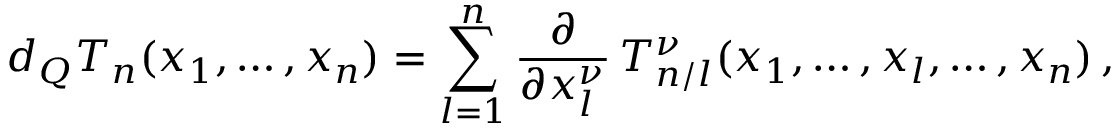
d _ { Q } T _ { n } ( x _ { 1 } , \ldots , x _ { n } ) = \sum _ { l = 1 } ^ { n } \frac { \partial } { \partial x _ { l } ^ { \nu } } \, T _ { n / l } ^ { \nu } ( x _ { 1 } , \ldots , x _ { l } , \ldots , x _ { n } ) \, ,